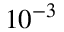
1 0 ^ { - 3 }